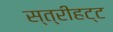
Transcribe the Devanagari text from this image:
स्त्रीहट्ट